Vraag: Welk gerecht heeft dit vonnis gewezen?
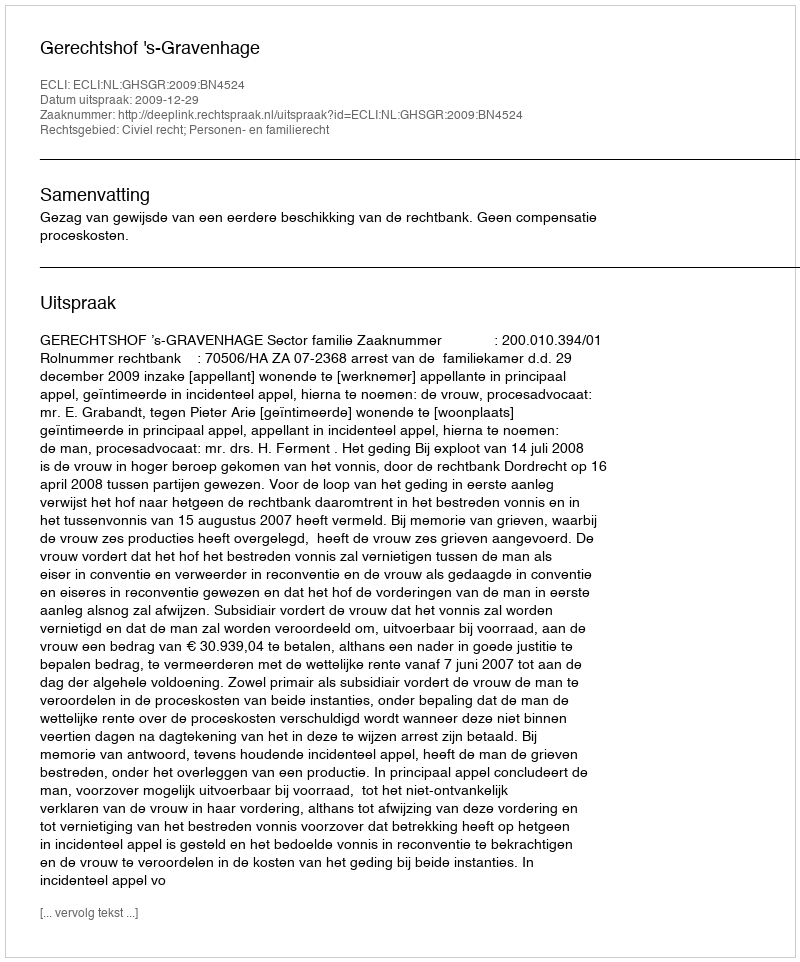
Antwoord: Gerechtshof 's-Gravenhage